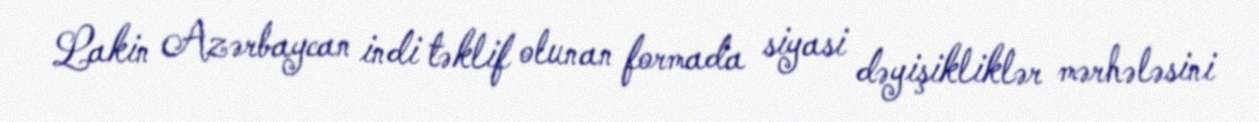
Lakin Azərbaycan indi təklif olunan formada siyasi dəyişikliklər mərhələsini